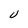
Character: U